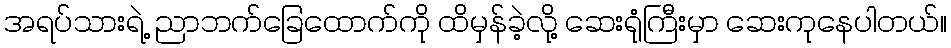
အရပ်သားရဲ့ ညာဘက်ခြေထောက်ကို ထိမှန်ခဲ့လို့ ဆေးရုံကြီးမှာ ဆေးကုနေပါတယ်။